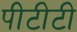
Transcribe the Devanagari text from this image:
पीटीटी